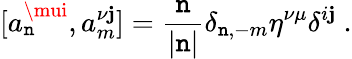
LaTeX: [a_{\mathtt{n}}^{\mui},a_{m}^{\nu\mathbf{j}}]=\frac{{\mathtt{n}}}{{|\mathtt{n}|}}\delta_{\mathtt{n},-m}\eta^{\nu\mu}\delta^{i\mathbf{j}}\ .